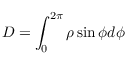
D = \int _ { 0 } ^ { 2 \pi } \rho \sin { \phi } d \phi